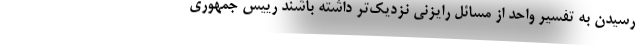
رسیدن به تفسیر واحد از مسائل رایزنی نزدیک‌تر داشته باشند رییس جمهوری